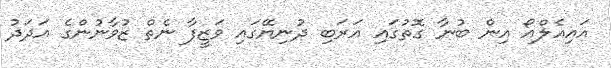
އައިއެލްއޯ އިން ބުނާ ގޮތުގައި އަރަބި ދުނިޔޭގައި ވަޒީފާ ނެތް ޒުވާނުންގެ އަދަދު